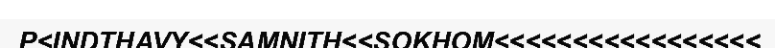
P<INDTHAVY<<SAMNITH<<SOKHOM<<<<<<<<<<<<<<<<<